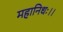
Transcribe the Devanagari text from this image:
महानिधः।।